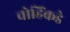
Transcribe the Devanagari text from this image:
चोहिंकडे